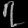
Digit: ၇